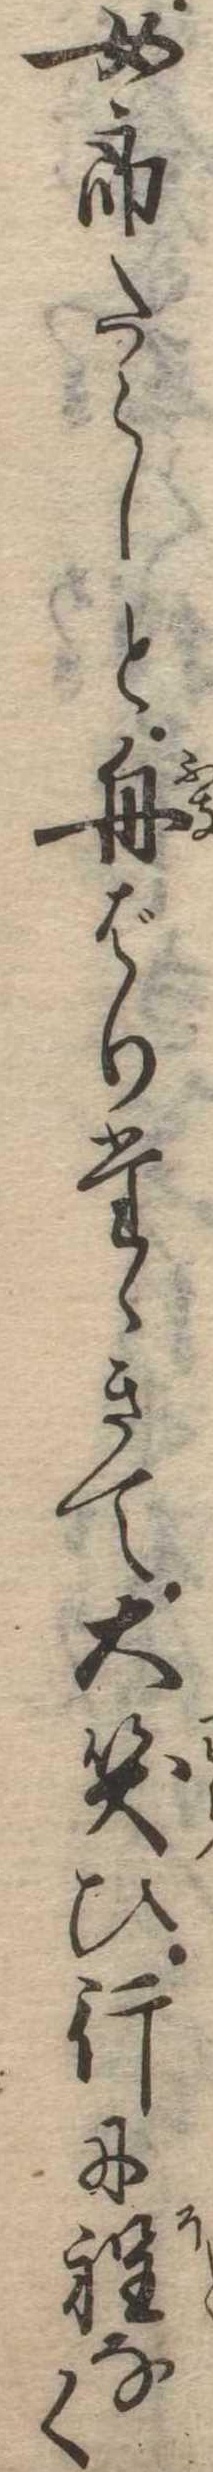
女郎たらしと舟ばりたゝきて大笑ひ行に程なく